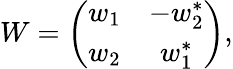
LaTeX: W=\left(\begin{array}{cc}{{w_{1}}}&{{-w_{2}^{\ast}}}\\ {{w_{2}}}&{{w_{1}^{\ast}}}\end{array}\right),